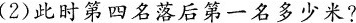
(2)此时第四名落后第一名多少米?